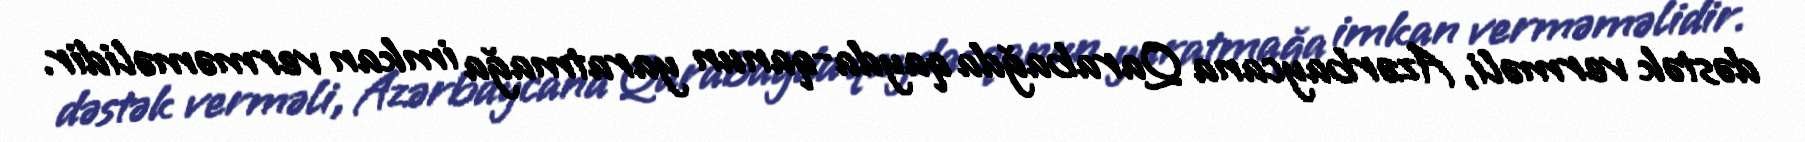
dəstək verməli, Azərbaycana Qarabağda qayda-qanun yaratmağa imkan verməməlidir.